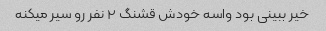
خیر ببینی بود واسه خودش قشنگ ۲ نفر رو سیر میکنه